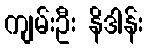
ကျမ်းဦး နိဒါန်း